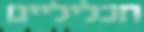
חכליליים